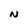
Character: N